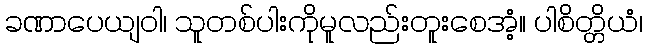
ခဏာပေယျဝါ၊ သူတစ်ပါးကိုမူလည်းတူးစေအံ့။ ပါစိတ္တိယံ၊